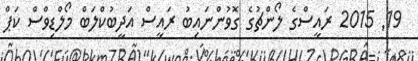
19